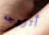
أتزوجه